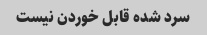
سرد شده قابل خوردن نیست